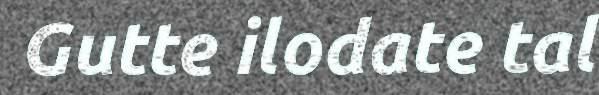
Gutte ilodate tal